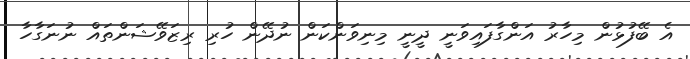
އެ ބޭފުޅުން މިހާރު އަންގާފައިވަނީ ދީނީ މިނިވަންކަން ނުދޭން ހުރި ރިޒަވޭޝަންތައް ނުނަގާހާ